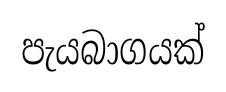
පැයබාගයක්